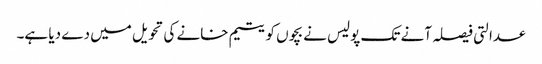
عدالتی فیصلہ آنے تک پولیس نے بچوں کو یتیم خانے کی تحویل میں دے دیا ہے۔